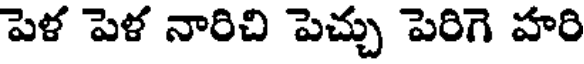
పెళ పెళ నారిచి పెచ్చు పెరిగె హరి